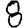
Digit: 8